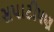
સપાટીપણ